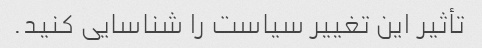
تأثیر این تغییر سیاست را شناسایی کنید.